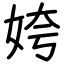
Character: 姱